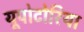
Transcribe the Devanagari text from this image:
यूपोटोरिया